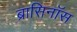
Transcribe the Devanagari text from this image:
ब्रासिनॉस